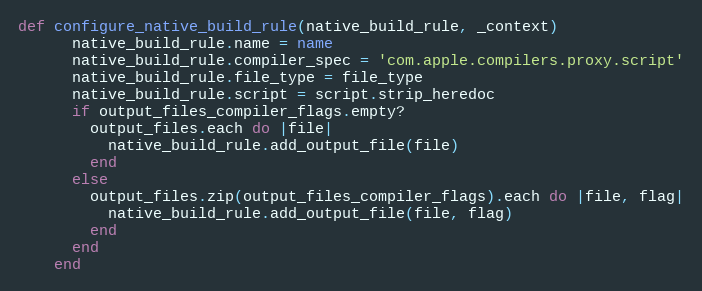
Language: Ruby
def configure_native_build_rule(native_build_rule, _context)
      native_build_rule.name = name
      native_build_rule.compiler_spec = 'com.apple.compilers.proxy.script'
      native_build_rule.file_type = file_type
      native_build_rule.script = script.strip_heredoc
      if output_files_compiler_flags.empty?
        output_files.each do |file|
          native_build_rule.add_output_file(file)
        end
      else
        output_files.zip(output_files_compiler_flags).each do |file, flag|
          native_build_rule.add_output_file(file, flag)
        end
      end
    end